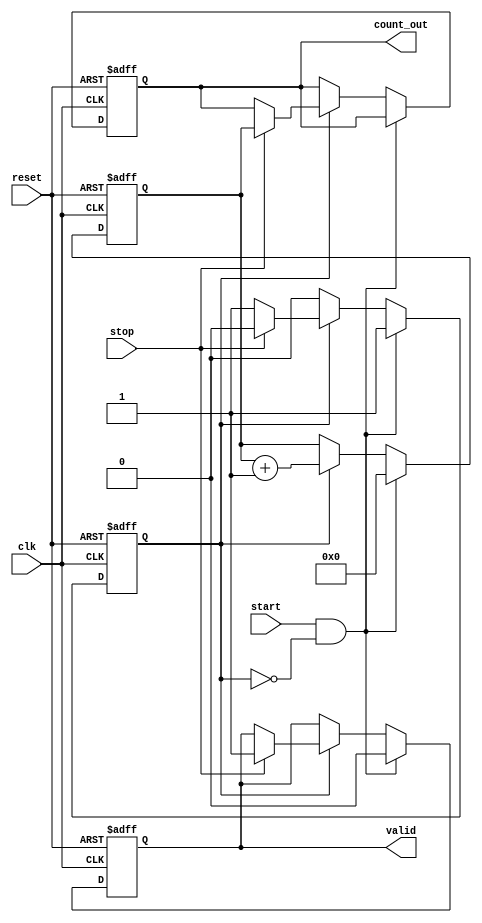
module TDC (
    input wire clk,            // Clock signal
    input wire reset,          // Asynchronous reset signal
    input wire start,          // Start signal
    input wire stop,           // Stop signal
    output reg [15:0] count_out, // Output count value (adjust width as needed)
    output reg valid           // Valid signal to indicate new measurement
);

    // State definitions for control logic
    reg counting;               // Indicates if counting is active
    reg [15:0] counter;         // Counter for clock cycles (adjust width as needed)

    // Memory block to store count values (for multiple measurements)
    reg [15:0] memory [0:255];  // Memory for storing up to 256 measurements
    integer mem_index;          // Index for memory storage

    // Asynchronous reset and control logic
    always @(posedge clk or posedge reset) begin
        if (reset) begin
            counting <= 1'b0;
            counter <= 16'b0;
            count_out <= 16'b0;
            valid <= 1'b0;
            mem_index <= 0;
        end else begin
            if (start && !counting) begin
                // Start counting on rising edge of start signal
                counting <= 1'b1;
                counter <= 16'b0;  // Reset counter
                valid <= 1'b0;      // Reset valid flag
            end else if (counting) begin
                // Count clock cycles
                counter <= counter + 1'b1;
                if (stop) begin
                    // Stop counting on rising edge of stop signal
                    counting <= 1'b0;
                    count_out <= counter; // Capture the count value
                    memory[mem_index] <= counter; // Store in memory
                    mem_index <= mem_index + 1; // Increment memory index
                    valid <= 1'b1; // Indicate valid measurement
                end
            end
        end
    end

endmodule